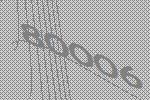
80006